65_HS1-834228961_62-HQ-83894_Section_7
Agency: FBI
Page 125
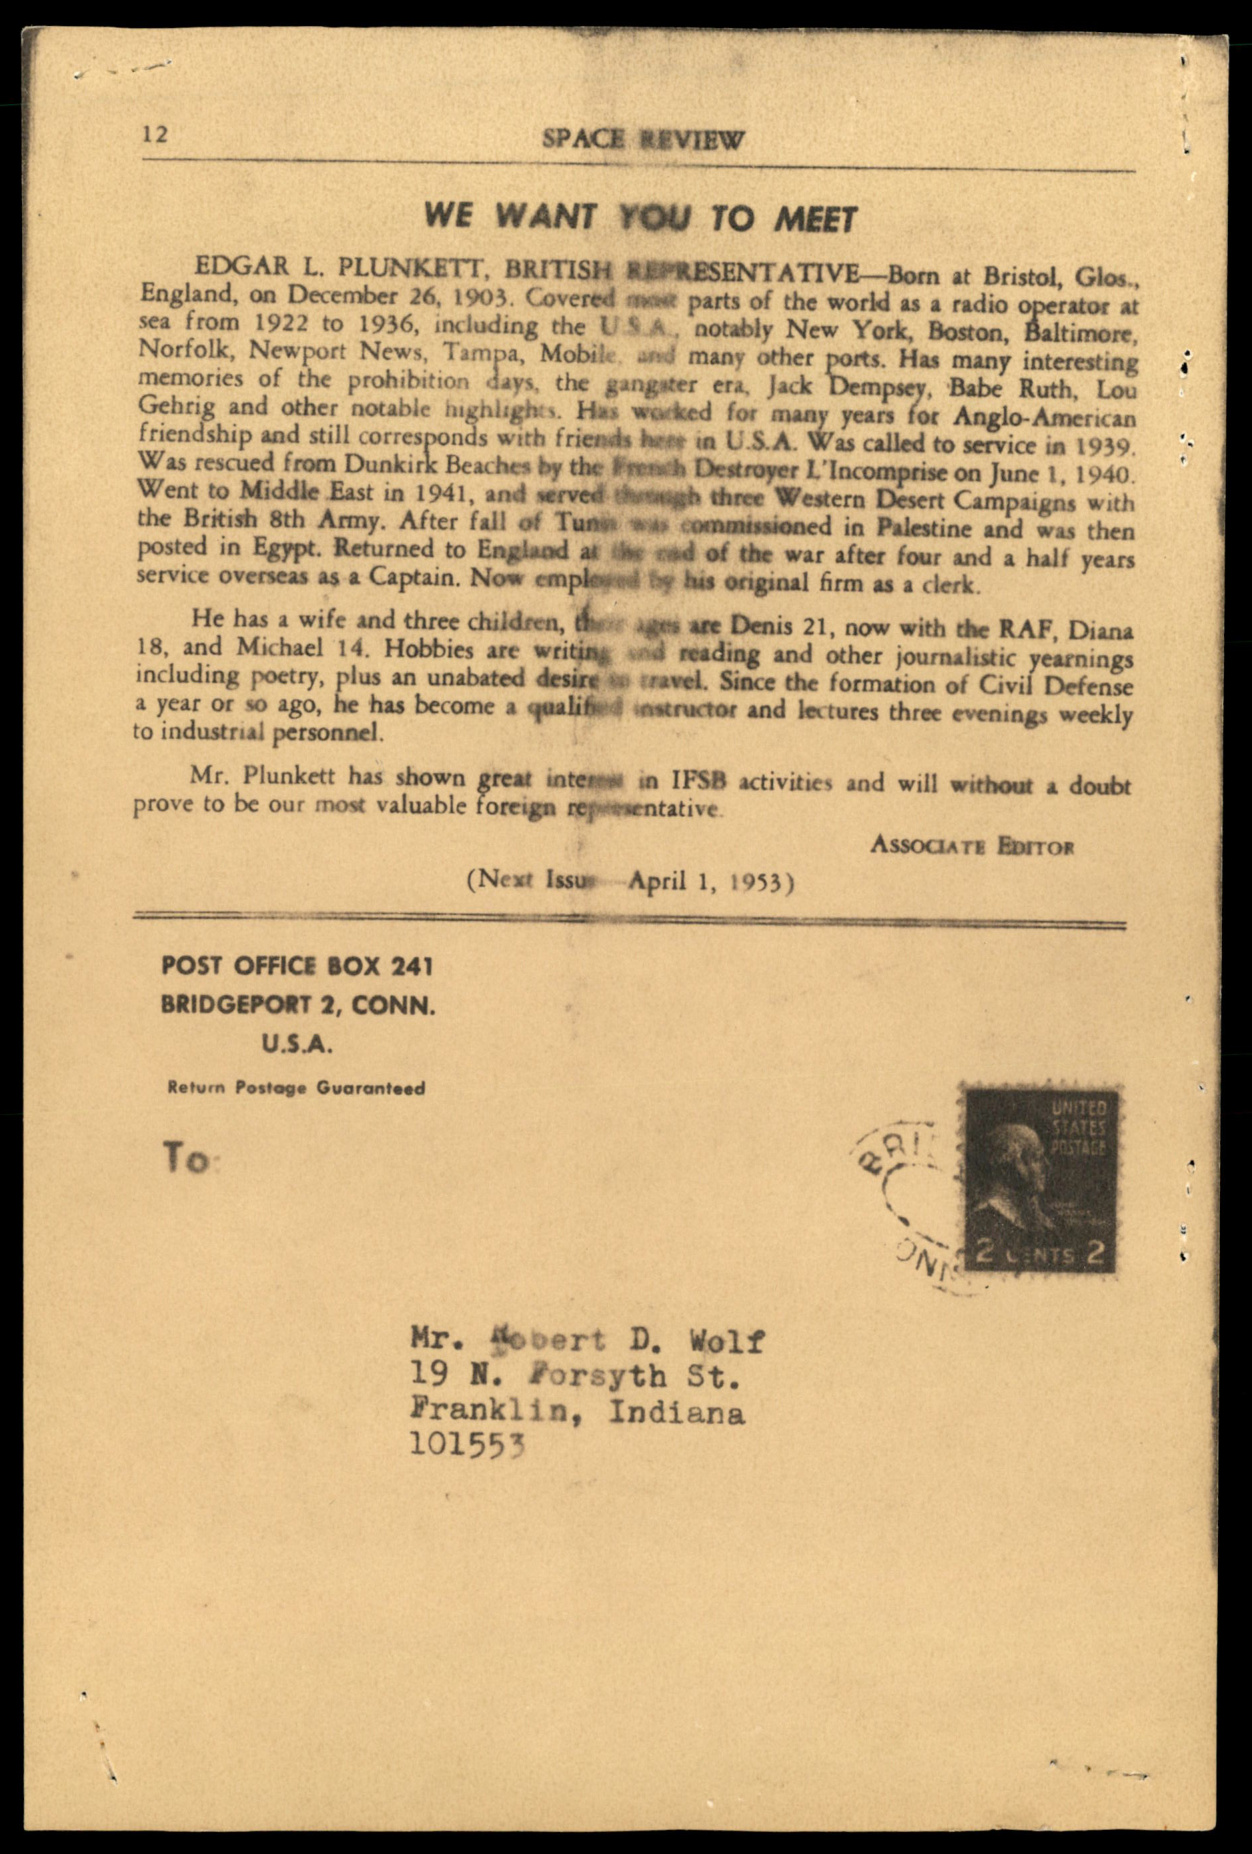